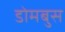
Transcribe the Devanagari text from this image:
डोमबुस